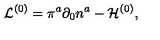
{ \cal L } ^ { ( 0 ) } = \pi ^ { a } \partial _ { 0 } { n } ^ { a } - { \cal H } ^ { ( 0 ) } ,